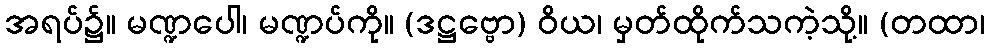
အရပ်၌။ မဏ္ဍပေါ၊ မဏ္ဍပ်ကို။ (ဒဋ္ဌဗ္ဗော) ဝိယ၊ မှတ်ထိုက်သကဲ့သို့။ (တထာ၊